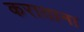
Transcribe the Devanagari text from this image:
कराताना